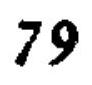
\(79\)